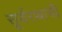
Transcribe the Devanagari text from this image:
सूर्यरथाची